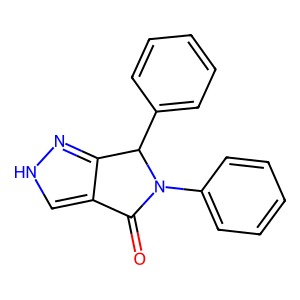
SMILES: O=C1c2c[nH]nc2C(c2ccccc2)N1c1ccccc1
Inhibits HIV replication: No